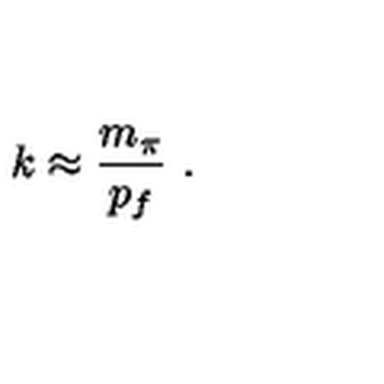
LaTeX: k \approx \frac { m _ { \pi } } { p _ { f } } \ .